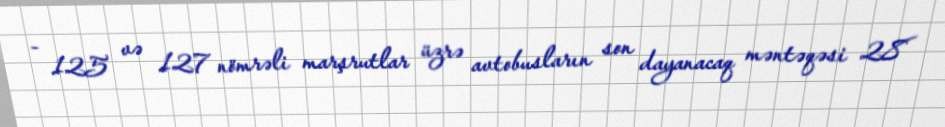
- 125 və 127 nömrəli marşrutlar üzrə avtobusların son dayanacaq məntəqəsi 28